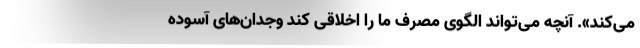
می‌کند». آنچه می‌تواند الگوی مصرف ما را اخلاقی کند وجدان‌های آسوده